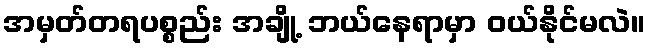
အမှတ်တရပစ္စည်း အချို့ ဘယ်နေရာမှာ ဝယ်နိုင်မလဲ။